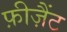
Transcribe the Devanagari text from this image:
फ़ीज़ैंट